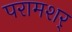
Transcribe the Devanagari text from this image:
परामशर्